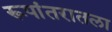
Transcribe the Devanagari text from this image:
रूपांतरातला